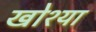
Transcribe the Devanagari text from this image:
खोश्या